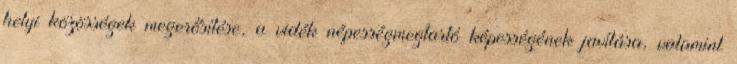
helyi közösségek megerősítése, a vidék népességmegtartó képességének javítása, valamint